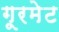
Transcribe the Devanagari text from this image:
गूरमेट